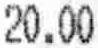
20.00